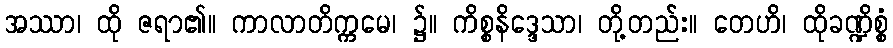
အဿာ၊ ထို ဇရာ၏။ ကာလာတိက္ကမေ၊ ၌။ ကိစ္စနိဒ္ဒေသာ၊ တို့တည်း။ တေဟိ၊ ထိုခဏ္ဍိစ္စံ